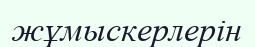
жұмыскерлерін